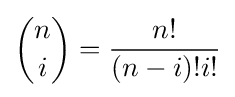
{\binom {n}{i}}={\frac {n!}{(n-i)!i!}}